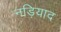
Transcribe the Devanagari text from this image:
नड़ियाद